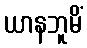
ယာနဘူမိံ